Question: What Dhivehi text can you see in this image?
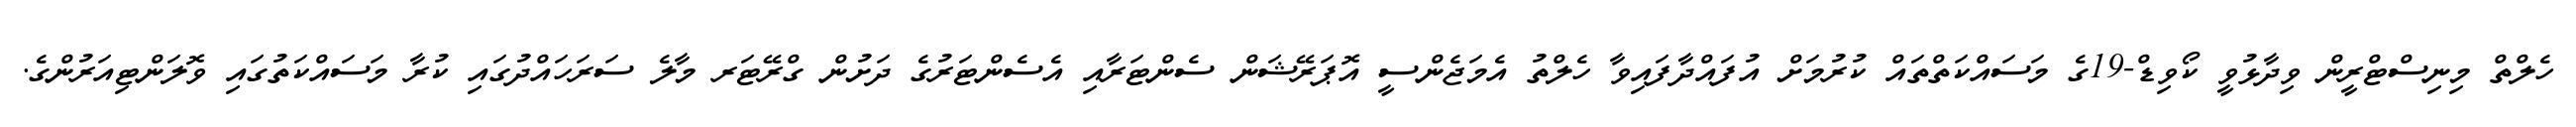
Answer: ހެލްތް މިނިސްޓްރީން ވިދާޅުވީ ކޯވިޑް-19ގެ މަސައްކަތްތައް ކުރުމަށް އުފައްދާފައިވާ ހެލްތު އެމަޖެންސީ އޮޕަރޭޝަން ސެންޓަރާއި އެސެންޓަރުގެ ދަށުން ގްރޭޓަރ މާލެ ސަރަހައްދުގައި ކުރާ މަސައްކަތުގައި ވޮލަންޓިއަރުންގެ.